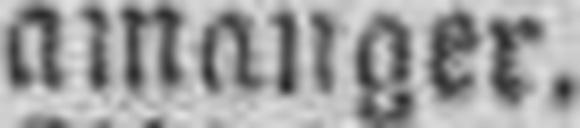
amanger.